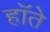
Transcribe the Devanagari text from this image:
हॉते